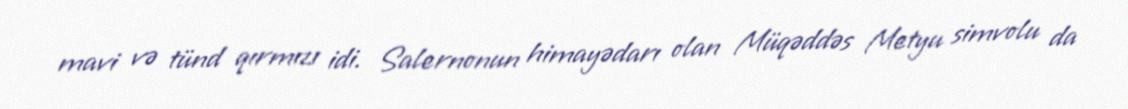
mavi və tünd qırmızı idi. Salernonun himayədarı olan Müqəddəs Metyu simvolu da